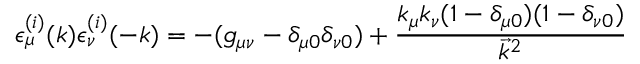
\epsilon _ { \mu } ^ { ( i ) } ( k ) \epsilon _ { \nu } ^ { ( i ) } ( - k ) = - ( g _ { \mu \nu } - \delta _ { \mu 0 } \delta _ { \nu 0 } ) + \frac { k _ { \mu } k _ { \nu } ( 1 - \delta _ { \mu 0 } ) ( 1 - \delta _ { \nu 0 } ) } { \vec { k } ^ { 2 } }